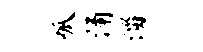
呱涌淄